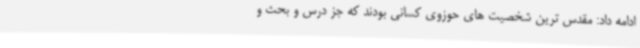
ادامه داد: مقدس ترین شخصیت های حوزوی کسانی بودند که جز درس و بحث و